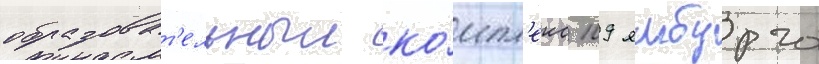
образоват'ельныи ко́мпл'екс 109 ямбурга